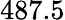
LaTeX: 487.5